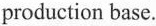
production base.